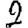
Digit: 2